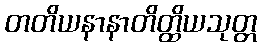
တတိယနာနာတိတ္ထိယသုတ္တ